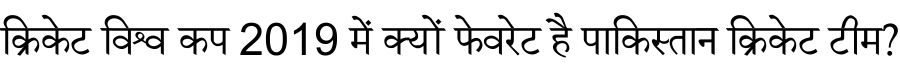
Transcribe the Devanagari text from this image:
क्रिकेट विश्व कप 2019 में क्यों फेवरेट है पाकिस्तान क्रिकेट टीम?